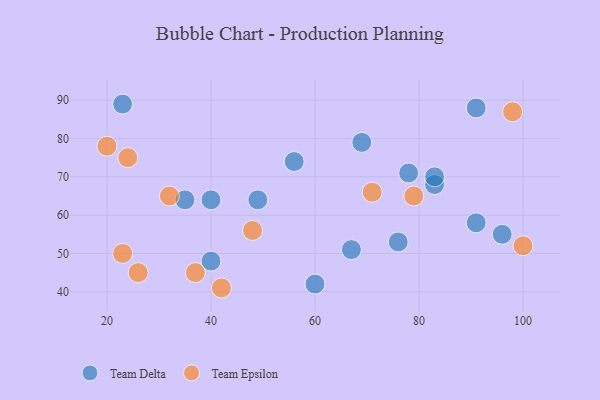
{"axis": {"x": "GDP", "y": "Life Expectancy"}, "legend": ["Team Delta", "Team Epsilon"], "data": [{"x": "76", "y": 53, "type": "Team Delta"}, {"x": "40", "y": 64, "type": "Team Delta"}, {"x": "60", "y": 42, "type": "Team Delta"}, {"x": "91", "y": 58, "type": "Team Delta"}, {"x": "91", "y": 88, "type": "Team Delta"}, {"x": "83", "y": 68, "type": "Team Delta"}, {"x": "35", "y": 64, "type": "Team Delta"}, {"x": "69", "y": 79, "type": "Team Delta"}, {"x": "83", "y": 70, "type": "Team Delta"}, {"x": "56", "y": 74, "type": "Team Delta"}, {"x": "49", "y": 64, "type": "Team Delta"}, {"x": "67", "y": 51, "type": "Team Delta"}, {"x": "96", "y": 55, "type": "Team Delta"}, {"x": "23", "y": 89, "type": "Team Delta"}, {"x": "40", "y": 48, "type": "Team Delta"}, {"x": "78", "y": 71, "type": "Team Delta"}, {"x": "37", "y": 45, "type": "Team Epsilon"}, {"x": "71", "y": 66, "type": "Team Epsilon"}, {"x": "26", "y": 45, "type": "Team Epsilon"}, {"x": "79", "y": 65, "type": "Team Epsilon"}, {"x": "20", "y": 78, "type": "Team Epsilon"}, {"x": "100", "y": 52, "type": "Team Epsilon"}, {"x": "24", "y": 75, "type": "Team Epsilon"}, {"x": "23", "y": 50, "type": "Team Epsilon"}, {"x": "42", "y": 41, "type": "Team Epsilon"}, {"x": "32", "y": 65, "type": "Team Epsilon"}, {"x": "98", "y": 87, "type": "Team Epsilon"}, {"x": "48", "y": 56, "type": "Team Epsilon"}]}